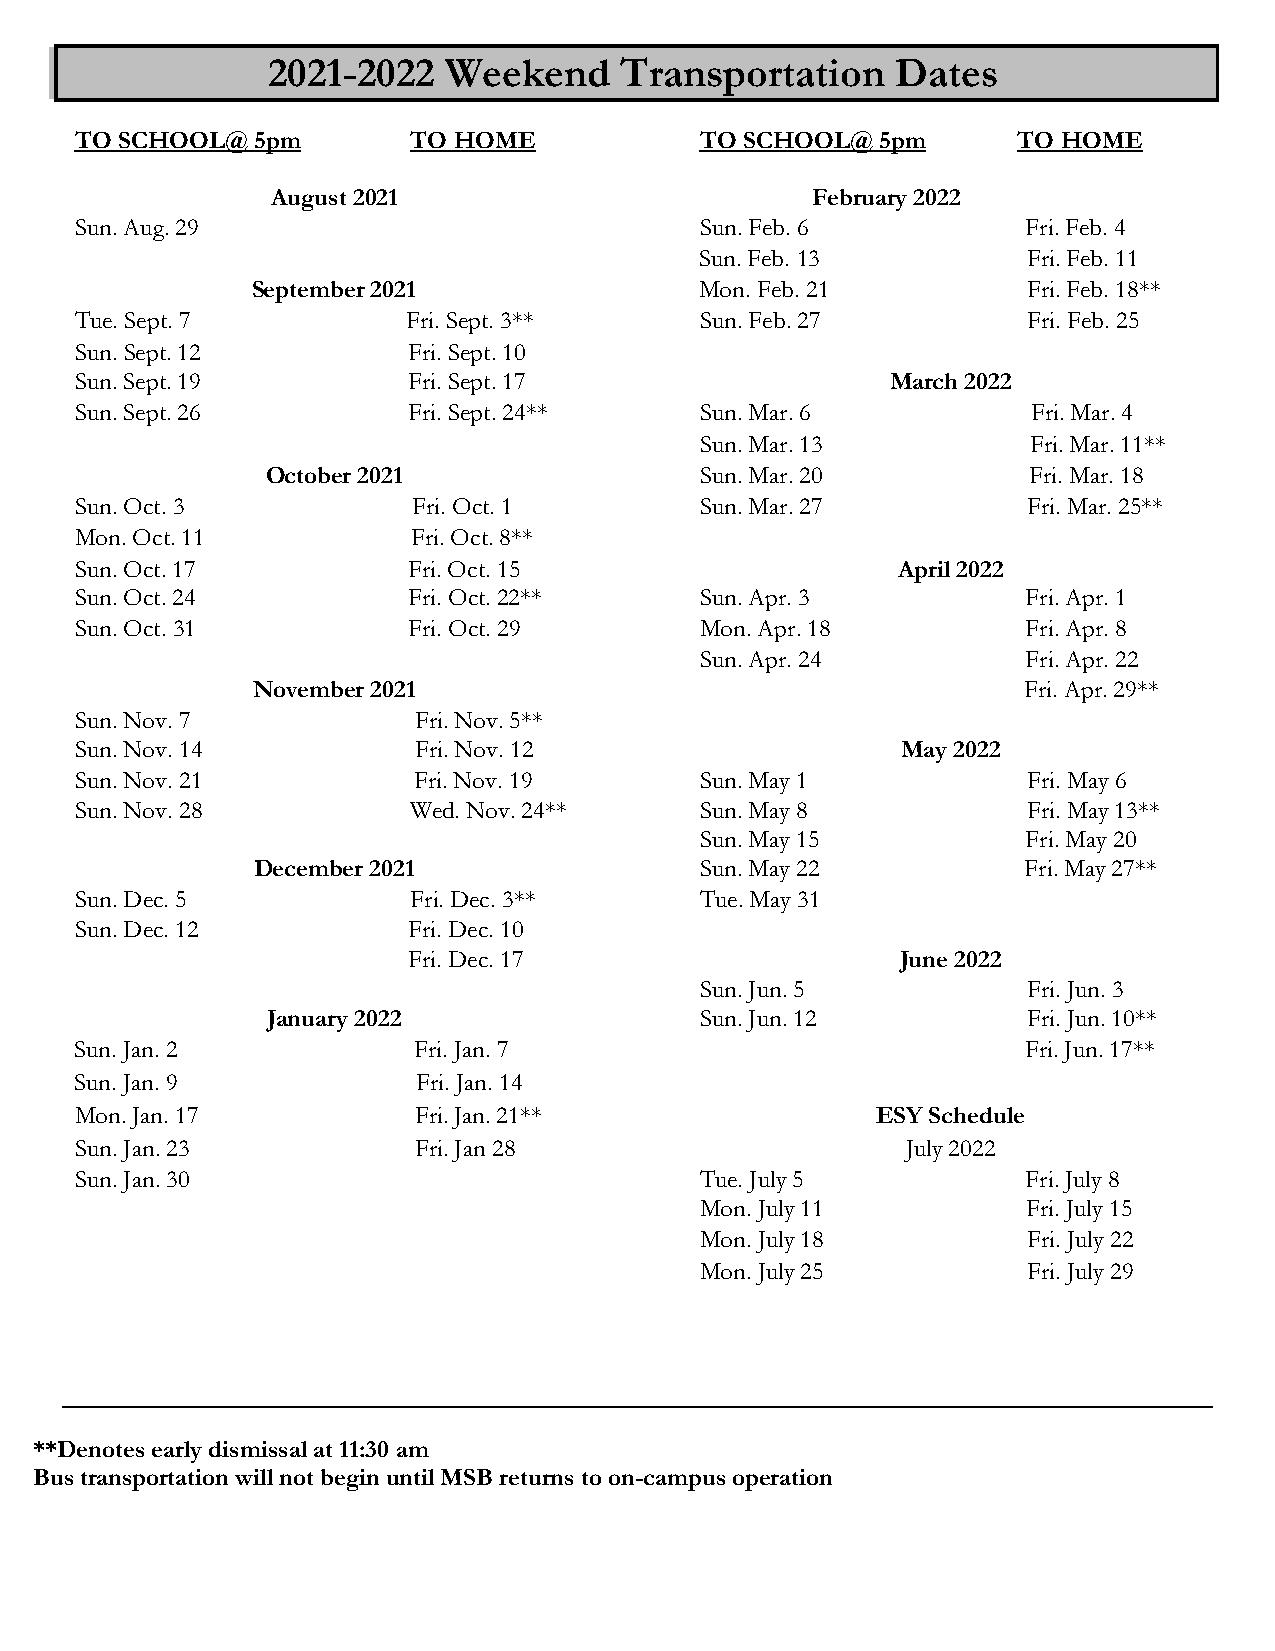
2021-2022  Weekend     Transportation    Dates
 TO SCHOOL@  5pm       TO HOME            TO SCHOOL@  5pm      TO HOME
 August 2021                         February 2022
 Sun. Aug. 29                             Sun. Feb. 6           Fri. Feb. 4
 Sun. Feb. 13          Fri. Feb. 11
 September 2021               Mon. Feb. 21          Fri. Feb. 18**
 Tue. Sept. 7          Fri. Sept. 3**     Sun. Feb. 27          Fri. Feb. 25
 Sun. Sept. 12         Fri. Sept. 10
 Sun. Sept. 19         Fri. Sept. 17                   March 2022
 Sun. Sept. 26         Fri. Sept. 24**    Sun. Mar. 6           Fri. Mar. 4
 Sun. Mar. 13          Fri. Mar. 11**
 October 2021                Sun. Mar. 20          Fri. Mar. 18
 Sun. Oct. 3           Fri. Oct. 1        Sun. Mar. 27          Fri. Mar. 25**
 Mon. Oct. 11          Fri. Oct. 8**
 Sun. Oct. 17          Fri. Oct. 15                    April 2022
 Sun. Oct. 24          Fri. Oct. 22**     Sun. Apr. 3           Fri. Apr. 1
 Sun. Oct. 31          Fri. Oct. 29       Mon. Apr. 18          Fri. Apr. 8
 Sun. Apr. 24          Fri. Apr. 22
 November 2021                                      Fri. Apr. 29**
 Sun. Nov. 7           Fri. Nov. 5**
 Sun. Nov. 14          Fri. Nov. 12                     May 2022
 Sun. Nov. 21          Fri. Nov. 19       Sun. May 1            Fri. May 6
 Sun. Nov. 28          Wed. Nov. 24**     Sun. May 8            Fri. May 13**
 Sun. May 15           Fri. May 20
 December 2021                Sun. May 22           Fri. May 27**
 Sun. Dec. 5           Fri. Dec. 3**      Tue. May 31
 Sun. Dec. 12          Fri. Dec. 10
 Fri. Dec. 17                     June 2022
 Sun. Jun. 5           Fri. Jun. 3
 January 2022                Sun. Jun. 12          Fri. Jun. 10**
 Sun. Jan. 2           Fri. Jan. 7                              Fri. Jun. 17**
 Sun. Jan. 9            Fri. Jan. 14
 Mon. Jan. 17          Fri. Jan. 21**                 ESY Schedule
 Sun. Jan. 23          Fri. Jan 28                      July 2022
 Sun. Jan. 30                             Tue. July 5           Fri. July 8
 Mon. July 11          Fri. July 15
 Mon. July 18          Fri. July 22
 Mon. July 25          Fri. July 29
 **Denotes early dismissal at 11:30 am
 Bus transportation will not begin until MSB returns to on-campus operation